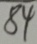
8 4